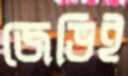
জেভিই